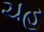
ચહ